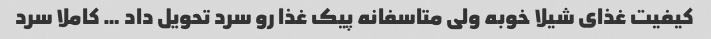
کیفیت غذای شیلا خوبه ولی متاسفانه پیک غذا رو سرد تحویل داد … کاملا سرد